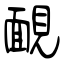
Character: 靦